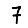
Digit: 7